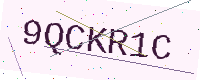
Text: 9QCKR1C